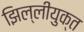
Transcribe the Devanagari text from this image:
झिल्लीयुक्त